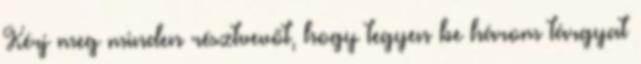
Kérj meg minden résztvevőt, hogy tegyen be három tárgyat